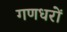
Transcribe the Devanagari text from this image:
गणधरों